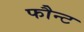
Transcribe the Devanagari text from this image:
फौन्ट